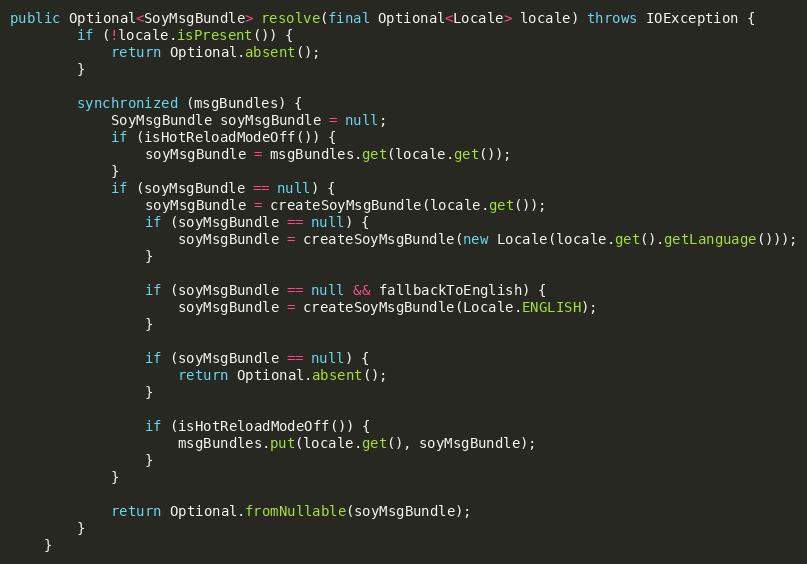
Language: Java
public Optional<SoyMsgBundle> resolve(final Optional<Locale> locale) throws IOException {
        if (!locale.isPresent()) {
            return Optional.absent();
        }

        synchronized (msgBundles) {
            SoyMsgBundle soyMsgBundle = null;
            if (isHotReloadModeOff()) {
                soyMsgBundle = msgBundles.get(locale.get());
            }
            if (soyMsgBundle == null) {
                soyMsgBundle = createSoyMsgBundle(locale.get());
                if (soyMsgBundle == null) {
                    soyMsgBundle = createSoyMsgBundle(new Locale(locale.get().getLanguage()));
                }

                if (soyMsgBundle == null && fallbackToEnglish) {
                    soyMsgBundle = createSoyMsgBundle(Locale.ENGLISH);
                }

                if (soyMsgBundle == null) {
                    return Optional.absent();
                }

                if (isHotReloadModeOff()) {
                    msgBundles.put(locale.get(), soyMsgBundle);
                }
            }

            return Optional.fromNullable(soyMsgBundle);
        }
    }